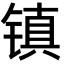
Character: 镇